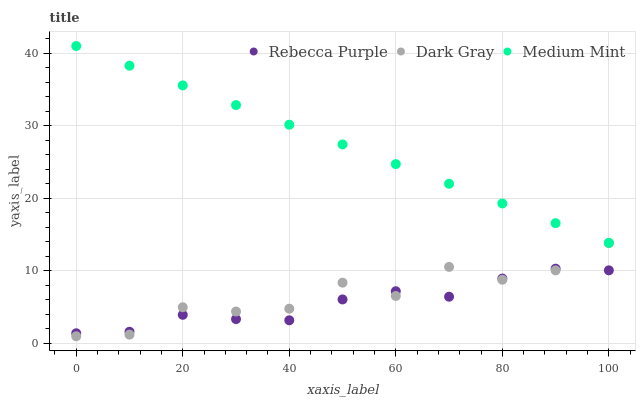
| xaxis_label | Rebecca Purple | Dark Gray | Medium Mint |
 | --- | --- | --- | --- |
 | 0 | 1.41 | 1 | 41 |
 | 10 | 1.62 | 1.23 | 38.3 |
 | 20 | 3.95 | 5 | 35.6 |
 | 30 | 3.37 | 4.41 | 32.9 |
 | 40 | 3.2 | 4.8 | 30.2 |
 | 50 | 6.07 | 8.38 | 27.4 |
 | 60 | 7.21 | 6.55 | 24.7 |
 | 70 | 6.45 | 10.6 | 22 |
 | 80 | 8.95 | 8.79 | 19.3 |
 | 90 | 10.3 | 10.1 | 16.6 |
 | 100 | 10.1 | 13.8 | 13.9 |